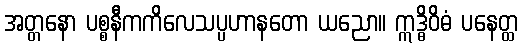
အတ္တနော ပစ္စနီကကိလေသပ္ပဟာနတော ယညော။ ဣဒ္ဓိဝိဓံ ပနေတ္ထ